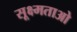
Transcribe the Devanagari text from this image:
सूक्ष्मताओ